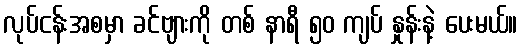
လုပ်ငန်းအစမှာ ခင်ဗျားကို တစ် နာရီ ၅၀ ကျပ် နှုန်းနဲ့ ပေးမယ်။